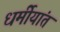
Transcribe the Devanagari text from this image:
धर्मीयांत